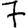
Digit: 7